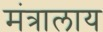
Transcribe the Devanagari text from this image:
मंत्रालाय